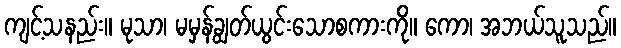
ကျင့်သနည်း။ မုသာ၊ မမှန်ချွတ်ယွင်းသောစကားကို။ ကော၊ အဘယ်သူသည်။